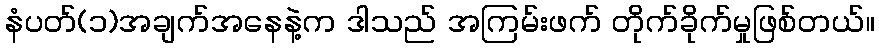
နံပတ်(၁)အချက်အနေနဲ့က ဒါသည် အကြမ်းဖက် တိုက်ခိုက်မှုဖြစ်တယ်။